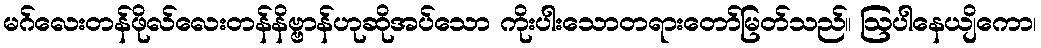
မဂ်လေးတန်ဖိုလ်လေးတန်နိဗ္ဗာန်ဟုဆိုအပ်သော ကိုးပါးသောတရားတော်မြတ်သည်။ ဩပါနေယျိကော၊